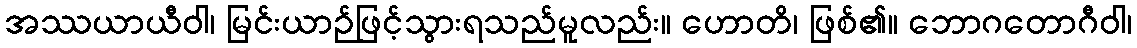
အဿယာယီဝါ၊ မြင်းယာဉ်ဖြင့်သွားရသည်မူလည်း။ ဟောတိ၊ ဖြစ်၏။ ဘောဂတောဂီဝါ၊